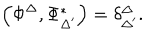
\left( \Phi ^ { \Delta } , \Phi _ { \Delta ^ { \prime } } ^ { * } \right) = \delta _ { \Delta ^ { \prime } } ^ { \Delta } .